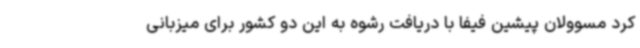
کرد مسوولان پیشین فیفا با دریافت رشوه به این دو کشور برای میزبانی